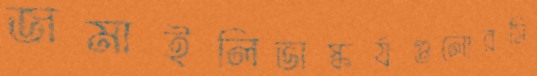
জমাইলিভাস্কর্যগুলোরসি